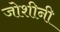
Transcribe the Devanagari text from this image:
जोशीनी